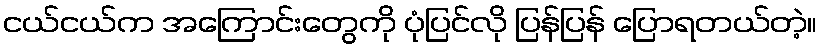
ငယ်ငယ်က အကြောင်းတွေကို ပုံပြင်လို ပြန်ပြန် ပြောရတယ်တဲ့။